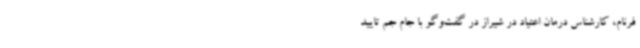
فرنام، کارشناس درمان اعتیاد در شیراز در گفت‌وگو با جام‌ جم تایید